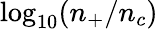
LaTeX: \log_{10}(n_{+}/n_{c})